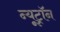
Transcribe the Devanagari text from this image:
न्यूट्राॅन